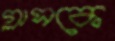
গ্লাসকে